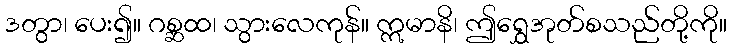
ဒတွာ၊ ပေး၍။ ဂစ္ဆထ၊ သွားလေကုန်။ ဣမာနိ၊ ဤရွှေအုတ်စသည်တို့ကို။